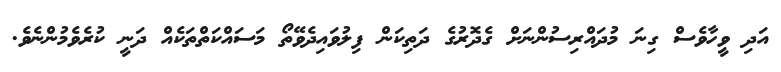
އަދި ވީހާވެސް ގިނަ މުދައްރިސުންނަށް ގެދޮރުގެ ދަތިކަން ފިލުވައިދެވޭތޯ މަސައްކަތްތަކެއް ދަނީ ކުރެވެމުންނެވެ.